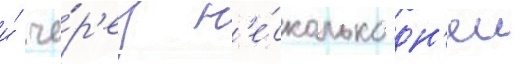
и́ че́р'ез н'е́сколько дн'еи